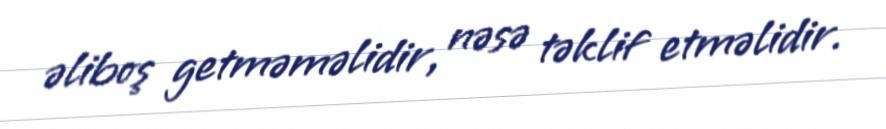
əliboş getməməlidir, nəsə təklif etməlidir.